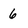
Character: 6